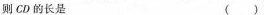
则CD的长是 ()